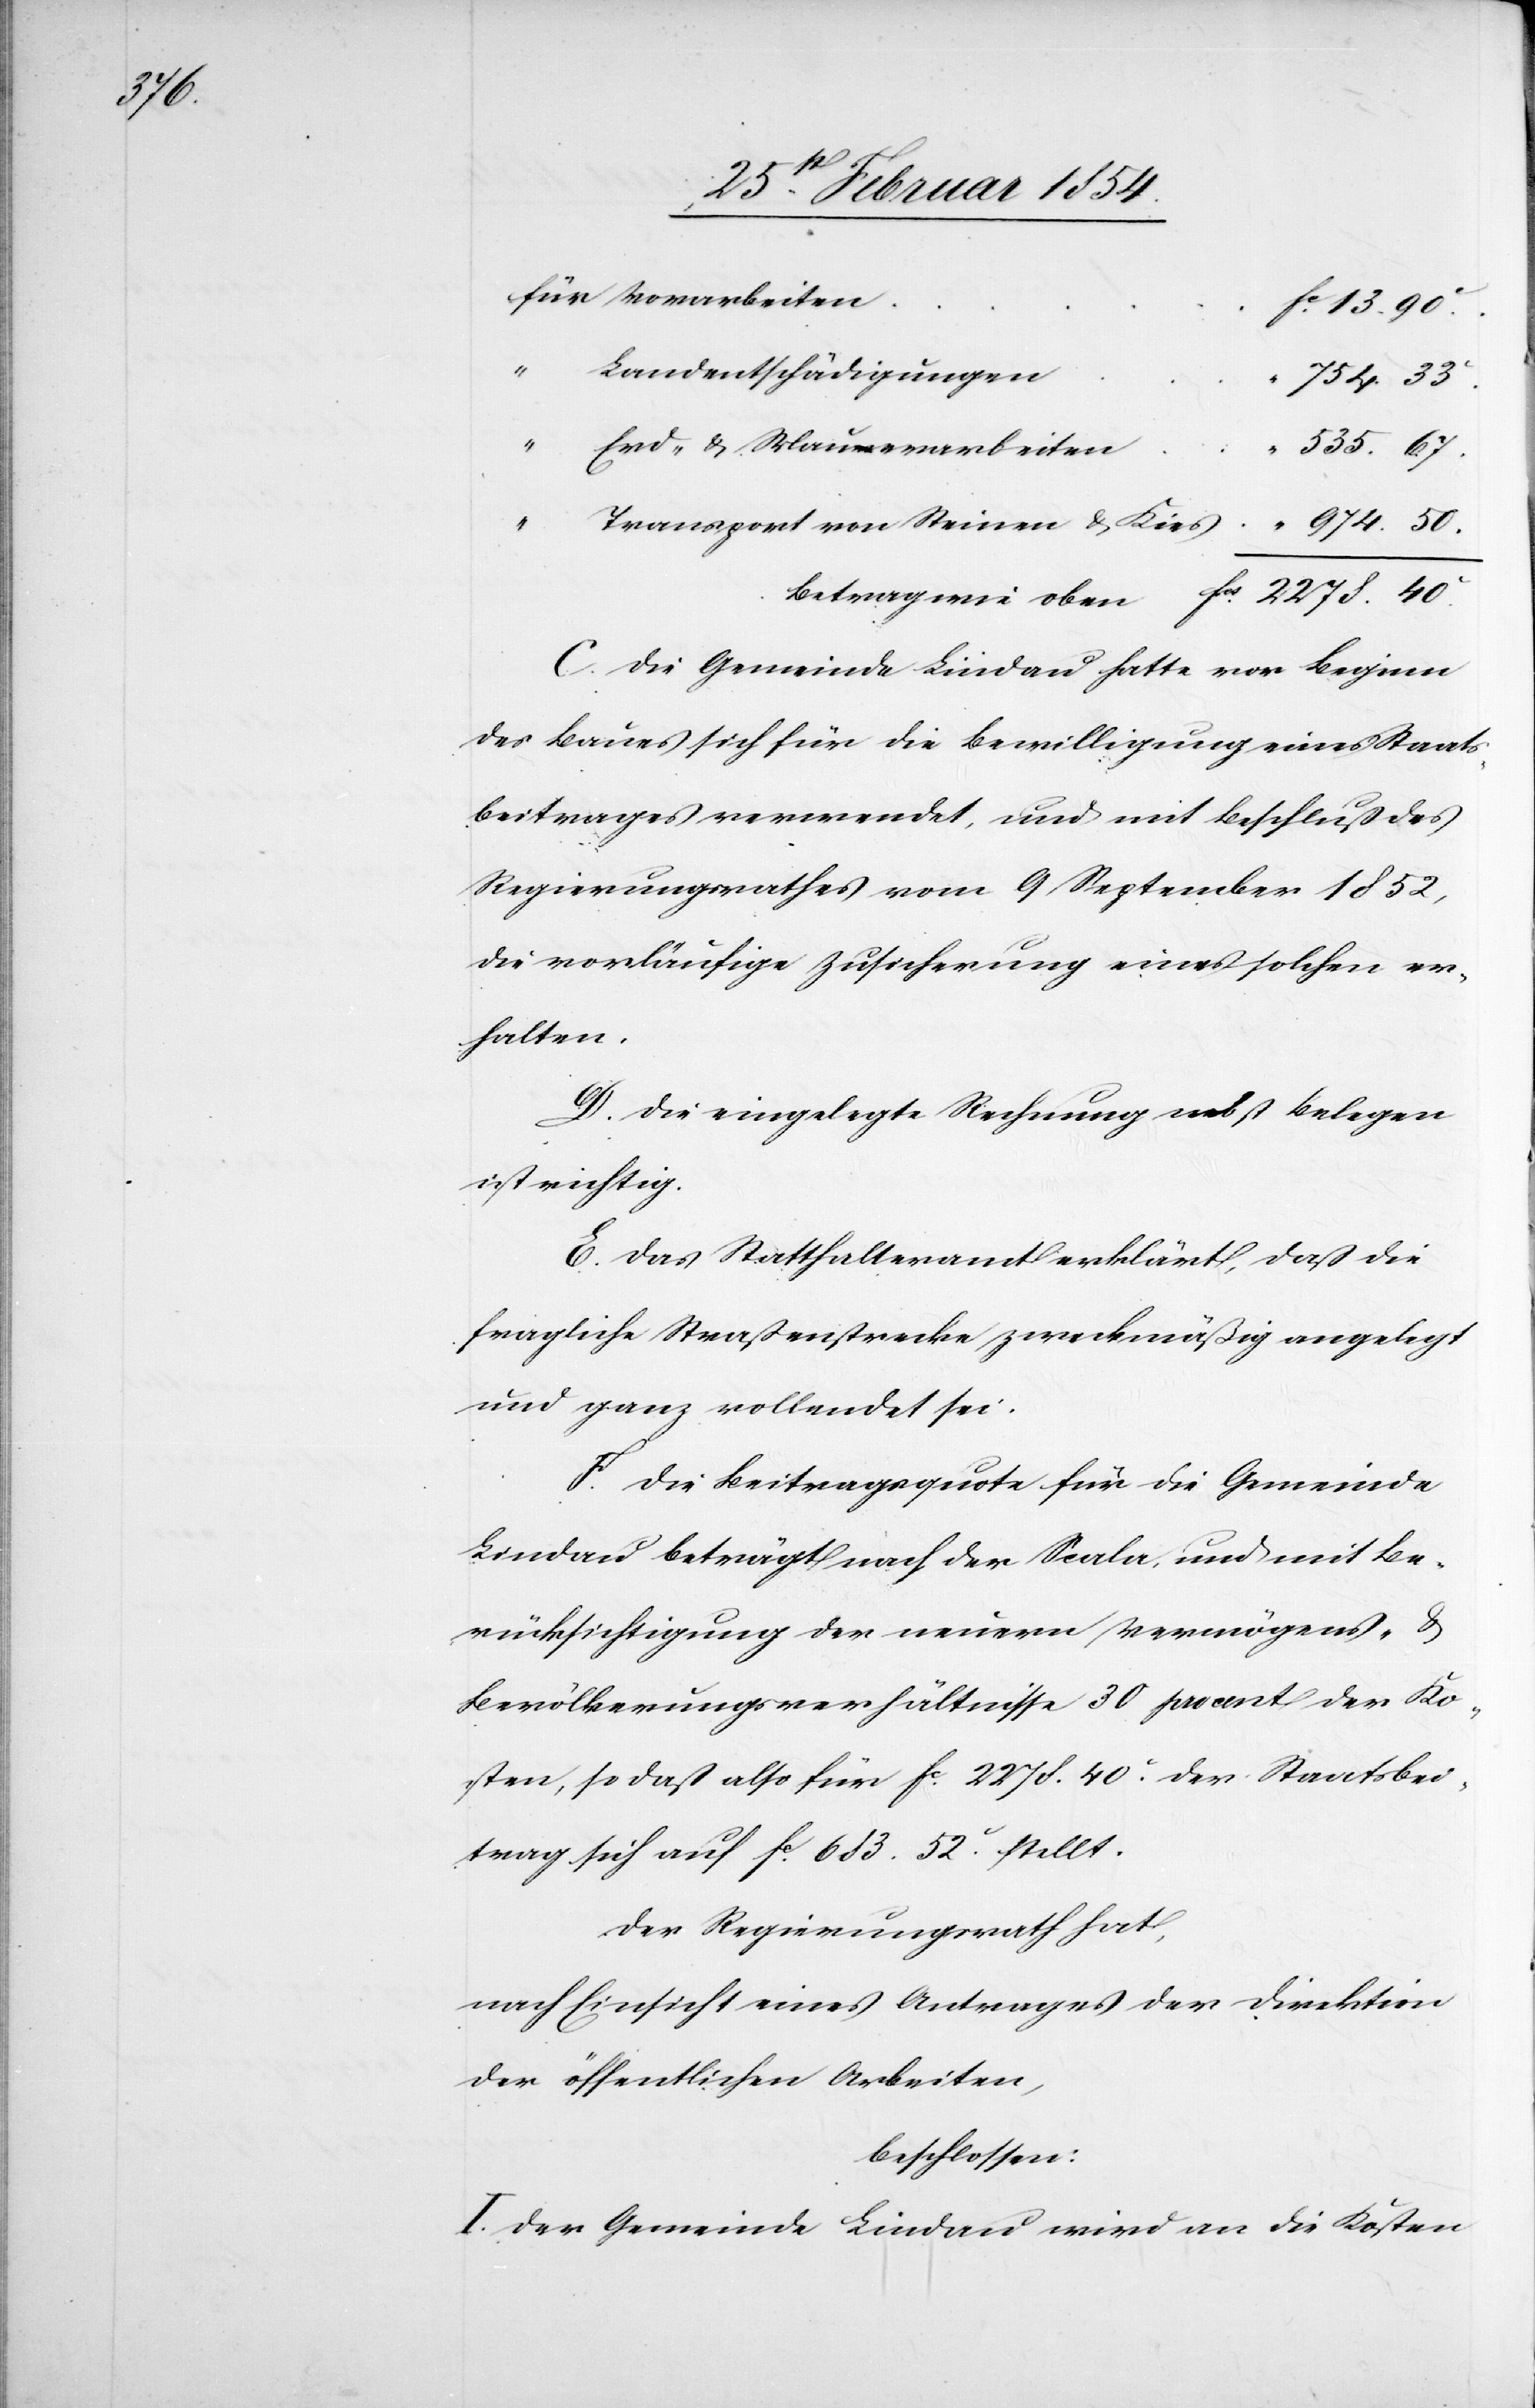
974.50.

„
Landentschädigungen
754.33.c
„
Erd- & Mauerarbeiten
535.67.
Transport von Steinen & Kies
Betrag wie oben
Fcs
C. Die Gemeinde Lindau hatte vor Beginn
des Baues sich für die Bewilligung eines Staats¬
beitrages verwendet, und mit Beschluß des
Regierungsrathes vom 9 September 1852,
die vorläufige Zusicherung eines solchen er¬
halten.
D. Die eingelegte Rechnung nebst Belegen
ist richtig.
E. Das Statthalteramt erklärt, daß die
fragliche Straßenstrecke zweckmäßig angelegt
und ganz vollendet sei.
F. Die Beitragsquote für die Gemeinde
Lindau beträgt nach der Scala, und mit Be¬
rücksichtigung der neuern Vermögens- &
Bevölkerungsverhältnisse 30 pro cent der Ko¬
sten, so daß also für Fc 2278.40c der Staatsbei¬
trag sich auf Fc 683.52c stellt.
Der Regierungsrath hat,
nach Einsicht eines Antrages der Direktion
der öffentlichen Arbeiten,
beschlossen:
I. Der Gemeinde Lindau wird an die Kosten